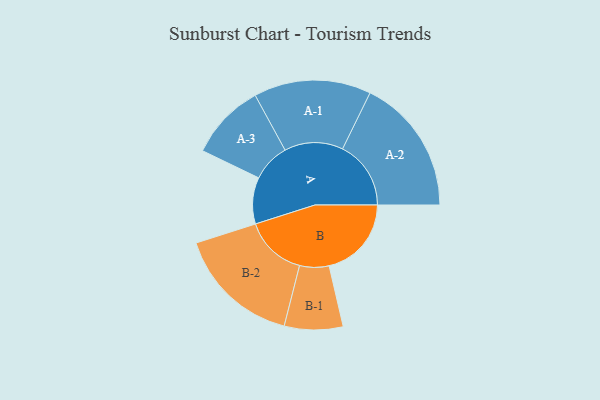
{"axis": {"x": "Segment", "y": "Value"}, "legend": ["", "A", "B"], "data": [{"x": "A", "y": 200, "type": ""}, {"x": "B", "y": 354, "type": ""}, {"x": "A-1", "y": 252, "type": "A"}, {"x": "A-2", "y": 294, "type": "A"}, {"x": "A-3", "y": 164, "type": "A"}, {"x": "B-1", "y": 126, "type": "B"}, {"x": "B-2", "y": 267, "type": "B"}]}